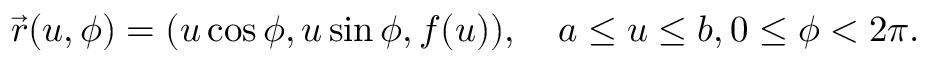
{ \vec { r } } ( u , \phi ) = ( u \cos \phi , u \sin \phi , f ( u ) ) , \quad a \leq u \leq b , 0 \leq \phi < 2 \pi .